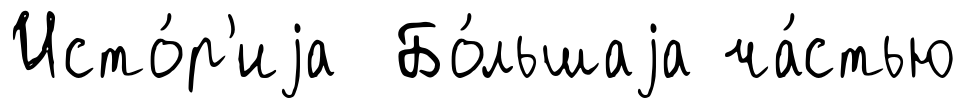
Исто́р'иjа Бо́льшаjа ча́стью